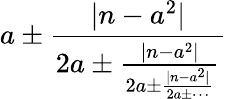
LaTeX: a\pm{\frac{|n-a^{2}|}{2a\pm{\frac{|n-a^{2}|}{2a\pm{\frac{|n-a^{2}|}{2a\pm\cdots}}}}}}